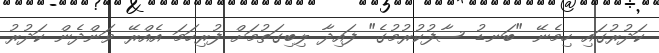
ކަދުރުގައި ހިމެނޭ "ބަނޑު ސާފުކުރުމުގެ" ފައިދާ ލިބިގަތުމަށް ފުރިހަމަ އެއްރޭ ވަންދެން ކަދުރު